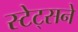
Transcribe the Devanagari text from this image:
स्टेट्सने